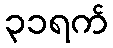
၃၁ရက်